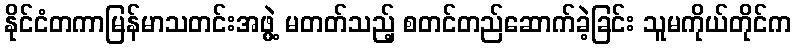
နိုင်ငံတကာမြန်မာသတင်းအဖွဲ့ မတတ်သည့် စတင်တည်ဆောက်ခဲ့ခြင်း သူမကိုယ်တိုင်က